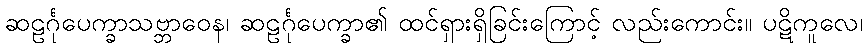
ဆဠင်္ဂုပေက္ခာသဗ္ဘာဝေန၊ ဆဠင်္ဂုပေက္ခာ၏ ထင်ရှားရှိခြင်းကြောင့် လည်းကောင်း။ ပဋိကူလေ၊